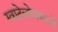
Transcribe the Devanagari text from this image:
ग्वादेलोपमध्ये